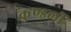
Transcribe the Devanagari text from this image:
कुण्डलीं